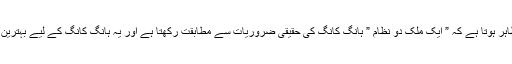
اس سے ظاہر ہوتا ہے کہ ” ایک ملک دو نظام ” ہانگ کانگ کی حقیقی ضروریات سے مطابقت رکھتا ہے اور یہ ہانگ کانگ کے لیے بہترین نظام ہے ۔